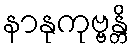
နာနုကုဗ္ဗန္တိ